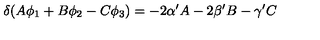
\delta ( A \phi _ { 1 } + B \phi _ { 2 } - C \phi _ { 3 } ) = - 2 \alpha ^ { \prime } A - 2 \beta ^ { \prime } B - \gamma ^ { \prime } C